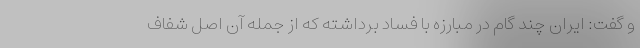
و گفت: ایران چند گام در مبارزه با فساد برداشته که از جمله آن اصل شفاف